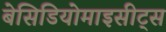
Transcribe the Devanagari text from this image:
बेसिडियोमाइसीट्स